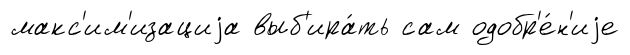
макс'им'изациjа выб'ира́ть сам одобр'е́н'иjе